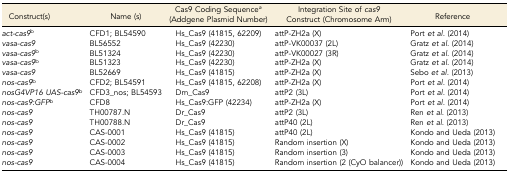
| Construct(s) | Name (s) | Cas9 Coding Sequencea (Addgene Plasmid Number) | Integration Site of cas9 Construct (Chromosome Arm) | Reference |
 | --- | --- | --- | --- | --- |
 | act-cas9b | CFD1; BL54590 | Hs_Cas9 (41815, 62209) | attP-ZH2a (X) | Port et al. (2014) |
 | vasa-cas9 | BL56552 | Hs_Cas9 (42230) | attP-VK00037 (2L) | Gratz et al. (2014) |
 | vasa-cas9b | BL51324 | Hs_Cas9 (42230) | attP-VK00027 (3R) | Gratz et al. (2014) |
 | vasa-cas9b | BL51323 | Hs_Cas9 (42230) | attP-ZH2a (X) | Gratz et al. (2014) |
 | vasa-cas9 | BL52669 | Hs_Cas9 (41815) | attP-ZH2a (X) | Sebo et al. (2013) |
 | nos-cas9b | CFD2; BL54591 | Hs_Cas9 (41815, 62208) | attP-ZH2a (X) | Port et al. (2014) |
 | nosG4VP16 UAS-cas9b | CFD3_nos; BL54593 | Dm_Cas9 | attP2 (3L) | Port et al. (2014) |
 | nos-cas9:GFPb | CFD8 | Hs_Cas9:GFP (42234) | attP-ZH2a (X) | Port et al. (2014) |
 | nos-cas9 | TH00787.N | Dr_Cas9 | attP2 (3L) | Ren et al. (2013) |
 | nos-cas9 | TH00788.N | Dr_Cas9 | attP40 (2L) | Ren et al. (2013) |
 | nos-cas9 | CAS-0001 | Hs_Cas9 (41815) | attP40 (2L) | Kondo and Ueda (2013) |
 | nos-cas9 | CAS-0002 | Hs_Cas9 (41815) | Random insertion (X) | Kondo and Ueda (2013) |
 | nos-cas9 | CAS-0003 | Hs_Cas9 (41815) | Random insertion (3) | Kondo and Ueda (2013) |
 | nos-cas9 | CAS-0004 | Hs_Cas9 (41815) | Random insertion (2 (CyO balancer)) | Kondo and Ueda (2013) |